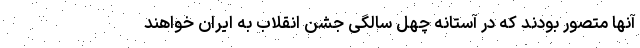
آنها متصور بودند که در آستانه چهل سالگی جشن انقلاب به ایران خواهند